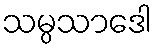
သမ္ပသာဒေါ